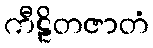
ကီဠိတဇာတံ